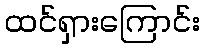
ထင်ရှားကြောင်း